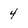
Character: 4